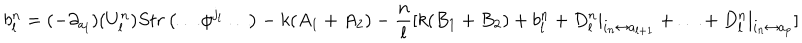
LaTeX: b _ { l } ^ { n } = ( - \partial _ { a _ { l } } ) ( U _ { l } ^ { n } ) S t r \left( \ldots \phi ^ { j _ { l } } \ldots \right) - k ( A _ { 1 } + A _ { 2 } ) - \frac { n } { l } [ k ( B _ { 1 } + B _ { 2 } ) + b _ { l } ^ { n } + D _ { l } ^ { n } | _ { i _ { n } \leftrightarrow a _ { l + 1 } } + \ldots + D _ { l } ^ { n } | _ { i _ { n } \leftrightarrow a _ { p } } ]